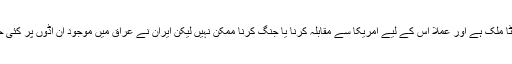
ایران یقینا امریکا کے مقابلے میں ایک چھوٹا ملک ہے اور عملاً اس کے لیے امریکا سے مقابلہ کرنا یا جنگ کرنا ممکن نہیں لیکن ایران نے عراق میں موجود ان اڈوں پر کئی حملے کیے جہاں امریکی فوجی تعینات ہیں ۔